Lunatic asylums Bombay report 1878-1890 - 1878-1890
Year: 1878
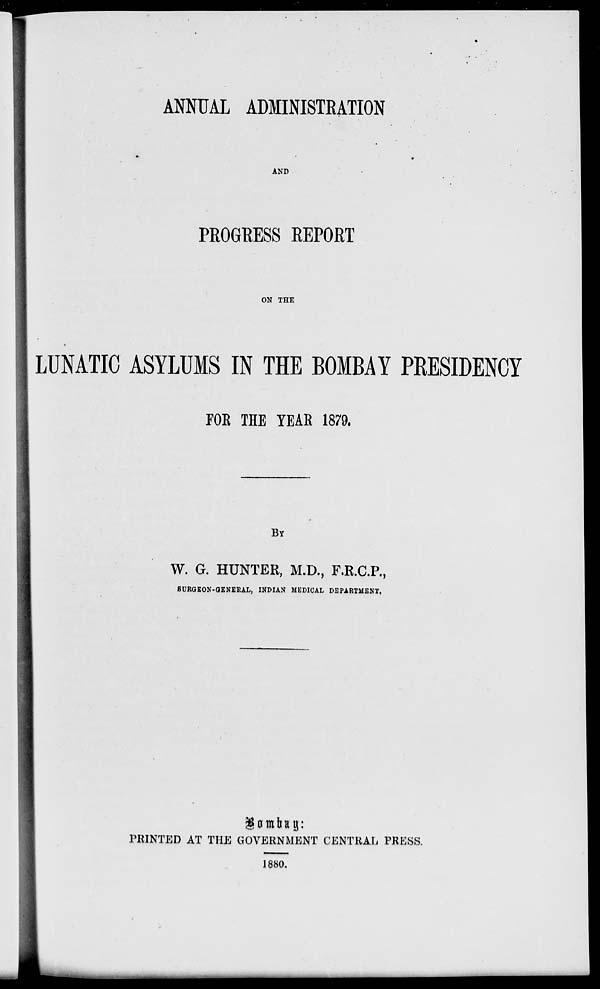
ANNUAL ADMINISTRATION
AND
PROGRESS REPORT
ON THE
LUNATIC ASYLUMS IN THE BOMBAY PRESIDENCY
FOR THE YEAR 1879.
BY
W. G. HUNTER, M.D., F.R.C.P.,
SURGEON-GENERAL, INDIAN MEDICAL DEPARTMENT,
Bombay:
PRINTED AT THE GOVERNMENT CENTRAL PRESS.
1880.